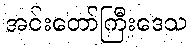
အင်းတော်ကြီးဒေသ